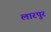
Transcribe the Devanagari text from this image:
लारपुर